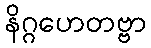
နိဂ္ဂဟေတဗ္ဗာ